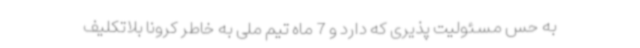
به حس مسئولیت پذیری که دارد و 7 ماه تیم ملی به خاطر کرونا بلاتکلیف